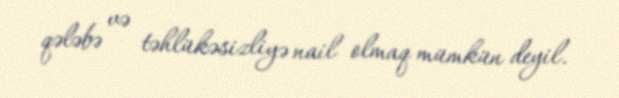
qələbə və təhlükəsizliyə nail olmaq mümkün deyil.